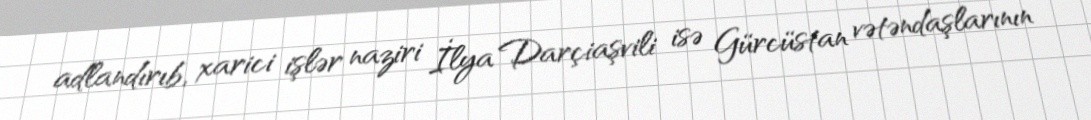
adlandırıb, xarici işlər naziri İlya Darçiaşvili isə Gürcüstan vətəndaşlarının